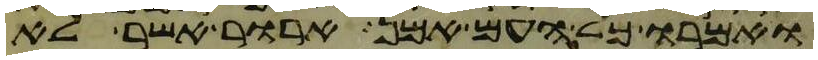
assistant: ואמרו כל העם אמן ארור אשר לא